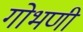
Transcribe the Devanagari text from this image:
गोभणी